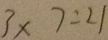
3 \times 7 = 2 1